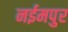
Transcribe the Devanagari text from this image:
नईमपुर